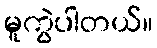
မူကွဲပါတယ်။